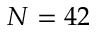
N = 4 2